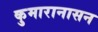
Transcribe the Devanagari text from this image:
कुमारानासन